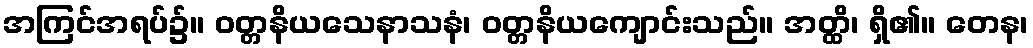
အကြင်အရပ်၌။ ဝတ္တနိယသေနာသနံ၊ ဝတ္တနိယကျောင်းသည်။ အတ္ထိ၊ ရှိ၏။ တေန၊